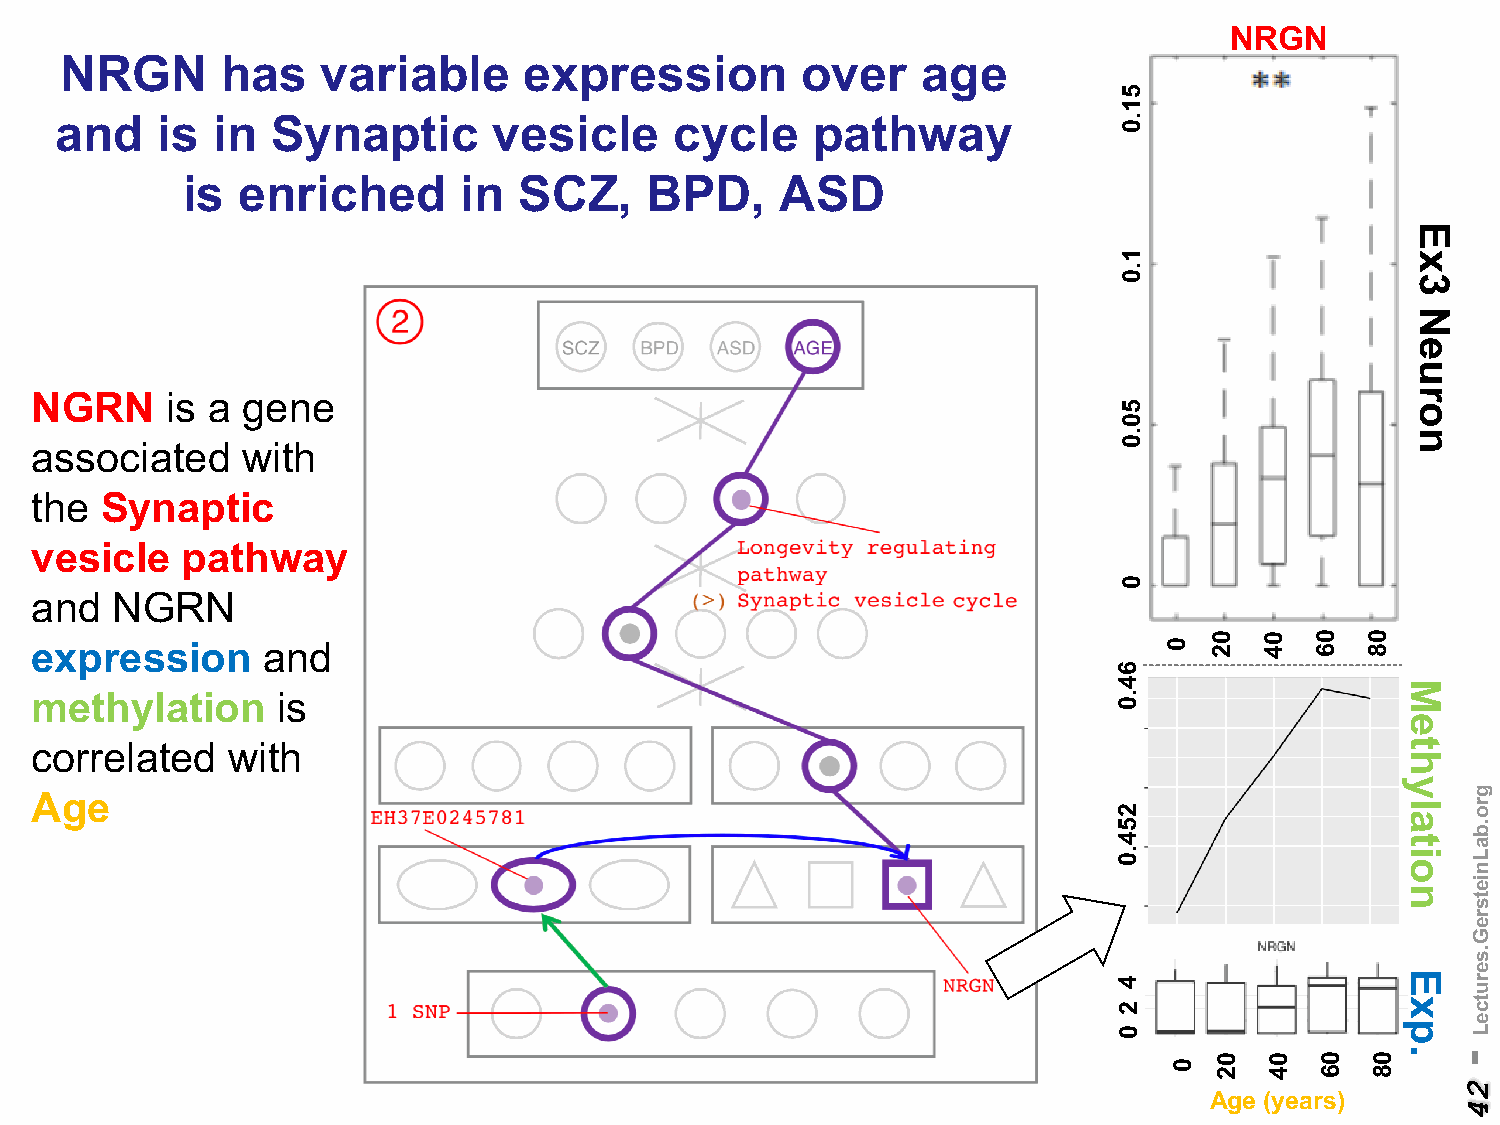
NRGN
 NRGN       has   variable      expression        over    age
 and   is  in  Synaptic       vesicle     cycle    pathway
 is  enriched      in  SCZ,     BPD,     ASD
 NGRN     is a gene
 associated    with
 the  Synaptic
 vesicle   pathway
 and  NGRN
 expression     and
 methylation     is
 correlated   with
 Age
 Age (years)
 51.0
 1.0
 50.0
 0
 64.0
 254.0
 4
 2
 0
 0
 0
 02
 02
 04
 04
 06
 06
 08
 08
 Methylation
 Exp.
 Ex3
 Neuron
 -
 24
 gro.baLnietsreG.serutceL